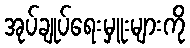
အုပ်ချုပ်ရေးမှူးများကို